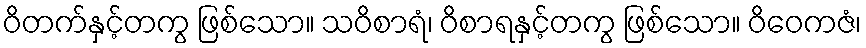
ဝိတက်နှင့်တကွ ဖြစ်သော။ သဝိစာရံ၊ ဝိစာရနှင့်တကွ ဖြစ်သော။ ဝိဝေကဇံ၊